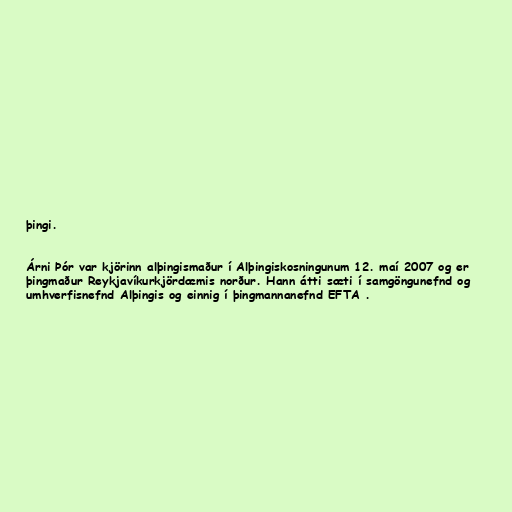
þingi.

Árni Þór var kjörinn alþingismaður í Alþingiskosningunum 12. maí 2007 og er
þingmaður Reykjavíkurkjördæmis norður. Hann átti sæti í samgöngunefnd og
umhverfisnefnd Alþingis og einnig í þingmannanefnd EFTA .